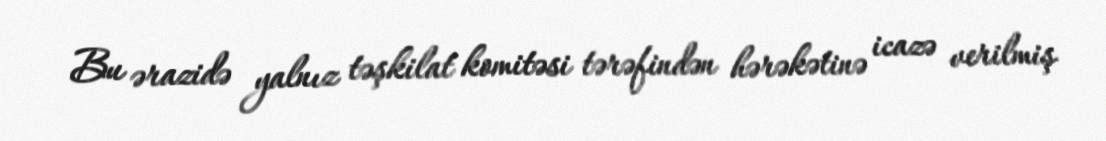
Bu ərazidə yalnız təşkilat komitəsi tərəfindən hərəkətinə icazə verilmiş